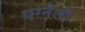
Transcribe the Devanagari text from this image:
एग्नेली